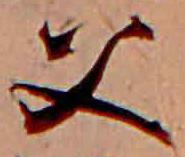
父